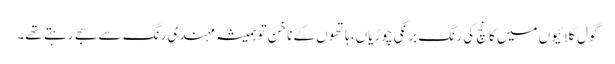
گول کلائیوں میں کانچ کی رنگ برنگی چوڑیاں، ہاتھوں کے ناخن تو ہمیشہ مہندی رنگ سے سجے رہتے تھے۔